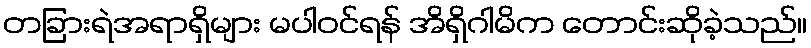
တခြားရဲအရာရှိများ မပါဝင်ရန် အိရှိဂါမိက တောင်းဆိုခဲ့သည်။